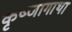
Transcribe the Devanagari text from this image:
कृष्णागाथा